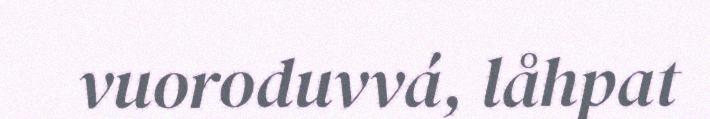
vuoroduvvá, låhpat